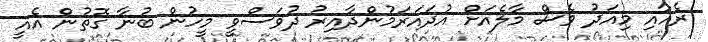
ރެއާއި މިއަދު ވެސް މާލެއަށް އުދައަރަމުންދާއިރު ދުވަސްވީ މީހުން ބުނާ ގޮތުން އެއީ